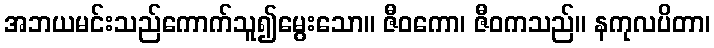
အဘယမင်းသည်ကောက်သူ၍မွေးသော။ ဇီဝကော၊ ဇီဝကသည်။ နကုလပိတာ၊